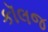
કૉલજ